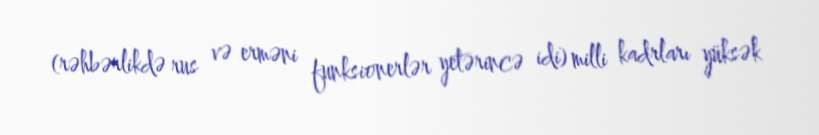
(rəhbərlikdə rus və erməni funksionerlər yetərincə idi) milli kadrları yüksək